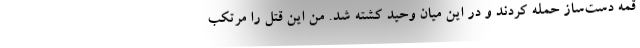
قمه دست‌ساز حمله کردند و در این میان وحید کشته شد. من این قتل را مرتکب